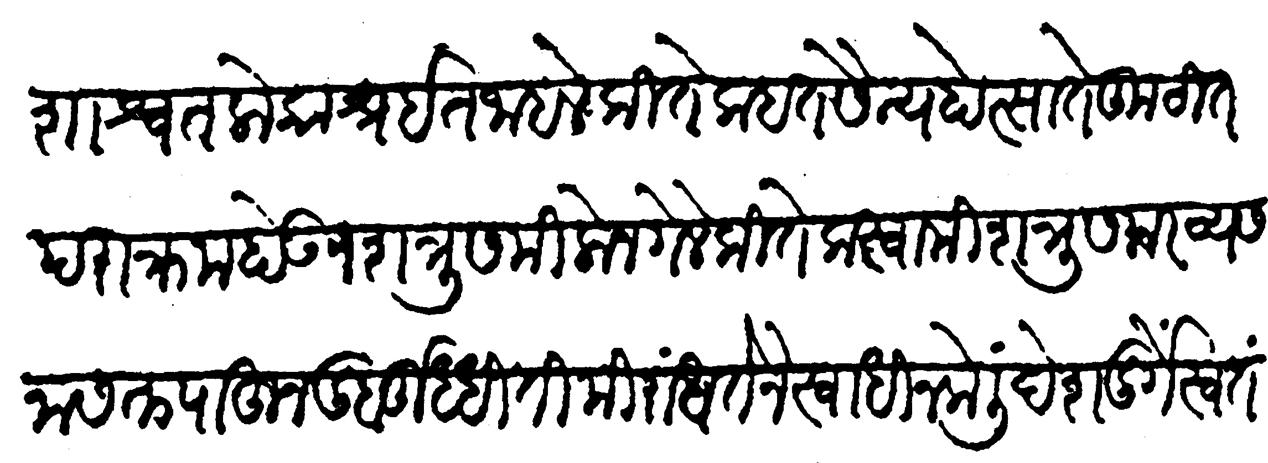
Transliteration (Devanagari): शाश्वत लोकाश्रयित जाहले हतसैन्य होत्साते कुंठित पराक्रम होऊन शत्रूस मिळोन गेले कितेक स्वामी शत्रूसमर व्यसनासक्त पाहून दुर्बुद्धितिमिरांधतेने स्वाधीन केलीं देशदुर्गे स्वतंत्रवादें